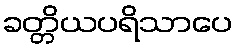
ခတ္တိယပရိသာပေ